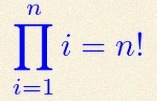
\prod_{i=1}^{n}i=n!